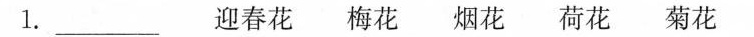
1.___ 迎春花 梅花 烟花 荷花 菊花